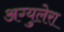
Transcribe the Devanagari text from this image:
अग्युलेरा